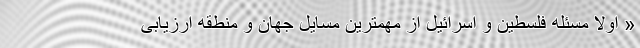
« اولاً مسئله فلسطین و اسرائیل از مهمترین مسایل جهان و منطقه ارزیابی